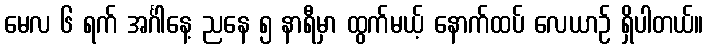
မေလ ၆ ရက် အင်္ဂါနေ့ ညနေ ၅ နာရီမှာ ထွက်မယ့် နောက်ထပ် လေယာဉ် ရှိပါတယ်။